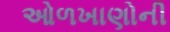
ઓળખાણોની